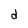
Character: d